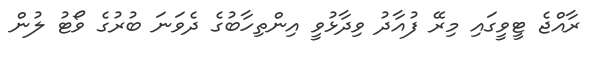
ރާއްޖެ ޓީވީގައި މިރޭ ފުއާދު ވިދާޅުވީ އިންތިހާބުގެ ދެވަނަ ބުރުގެ ވޯޓު ލުން